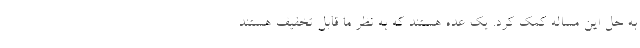
به حل این مساله کمک کرد. یک عده هستند که به نظر ما قابل تخفیف هستند